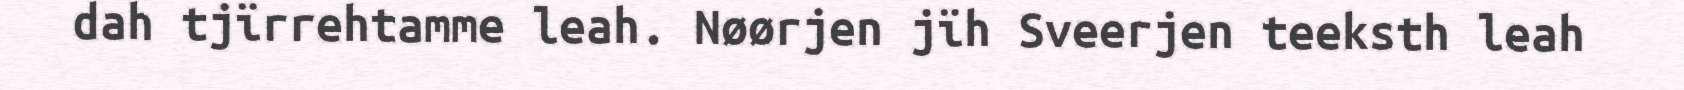
dah tjïrrehtamme leah. Nøørjen jïh Sveerjen teeksth leah